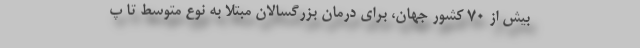
بیش از ۷۰ کشور جهان، برای درمان بزرگسالان مبتلا به نوع متوسط تا پ